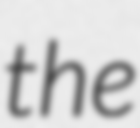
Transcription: the